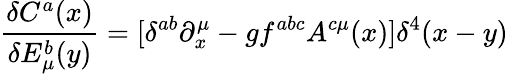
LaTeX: \frac{\delta C^{a}(x)}{\delta E_{\mu}^{b}(y)}=[\delta^{ab}\partial_{x}^{\mu}-gf^{abc}A^{c\mu}(x)]\delta^{4}(x-y)